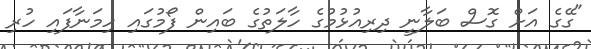
"ގޭގެ އަށް ގޮސް ބަލާނީ ދިރިއުޅުމުގެ ހާލަތުގެ ބައިން ފޯމުގައި ހިމަނާފައި ހުރި